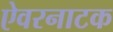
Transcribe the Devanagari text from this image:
ऐवरनाटक